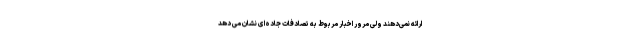
ارائه نمی‌دهند ولی مرور اخبار مربوط به تصادفات جاده‌ای نشان‌ می دهد